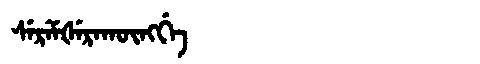
Manchu: ᠰᡝᡵᡝᠮᡧᡝᡵᠠᡴᡡᠩᡤᡝ
Romanization: SEREMŠERAKŪNGGE